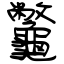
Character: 龞